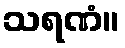
သရဏံ။